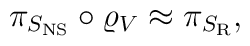
\pi_{S_{\rm NS}} \circ \varrho_V \approx \pi_{S_{\rm R}},